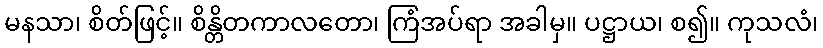
မနသာ၊ စိတ်ဖြင့်။ စိန္တိတကာလတော၊ ကြံအပ်ရာ အခါမှ။ ပဋ္ဌာယ၊ စ၍။ ကုသလံ၊